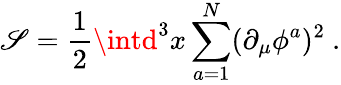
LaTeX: \mathscr{S}={\frac{{1}}{{2}}}\intd^{3}x\sum_{a=1}^{N}(\partial_{\mu}\phi^{a})^{2}\ .